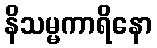
နိသမ္မကာရိနော